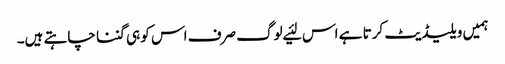
ہمیں ویلیڈیٹ کرتا ہے اس لئیے لوگ صرف اس کو ہی گننا چاہتے ہیں۔